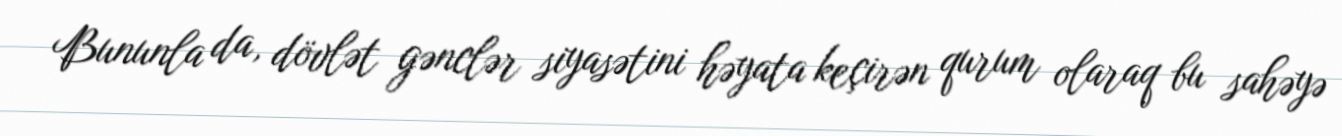
Bununla da, dövlət gənclər siyasətini həyata keçirən qurum olaraq bu sahəyə